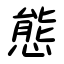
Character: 態